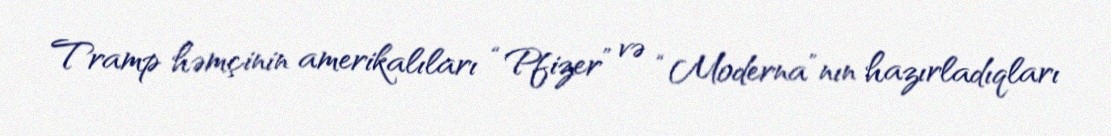
Tramp həmçinin amerikalıları “Pfizer” və “Moderna”nın hazırladıqları